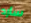
سأرد